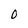
Character: O